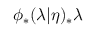
\phi _ { * } ( \lambda | \eta ) _ { * } \lambda